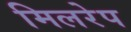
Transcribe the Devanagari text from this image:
मिलरेप